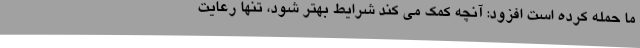
ما حمله کرده است افزود: آنچه کمک می کند شرایط بهتر شود، تنها رعایت